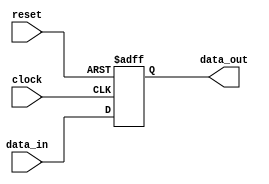
module Register (
    input clock, reset,
    input [31:0] data_in,
    output reg [31:0] data_out
);
    initial data_out = 32'b0;
    
    always @(posedge clock, posedge reset) begin
        if(reset)
            data_out = 0;
        else 
            data_out = data_in;
        
    end


endmodule